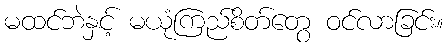
မထင်ဘဲနှင့် မယုံကြည်စိတ်တွေ ဝင်လာခြင်း။